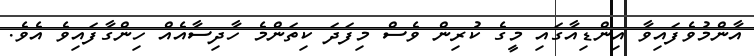
އާންމުވެފައިވާ އިންޑިއާގައި މީގެ ކުރިން ވެސް މިފަދަ ކިތަންމެ ހާދިސާއެއް ހިންގާފައިވެ އެވެ.